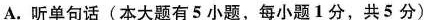
A.听单句话(本大题有5小题,每小题1 分,共 5分)